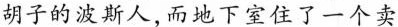
胡子的波斯人，而地下室住了一个卖